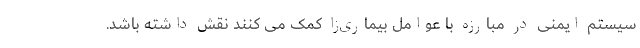
سیستم ایمنی در مبارزه با عوامل بیماری‌زا کمک می کنند نقش داشته باشد.